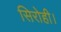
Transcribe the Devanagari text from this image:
सिरोही।